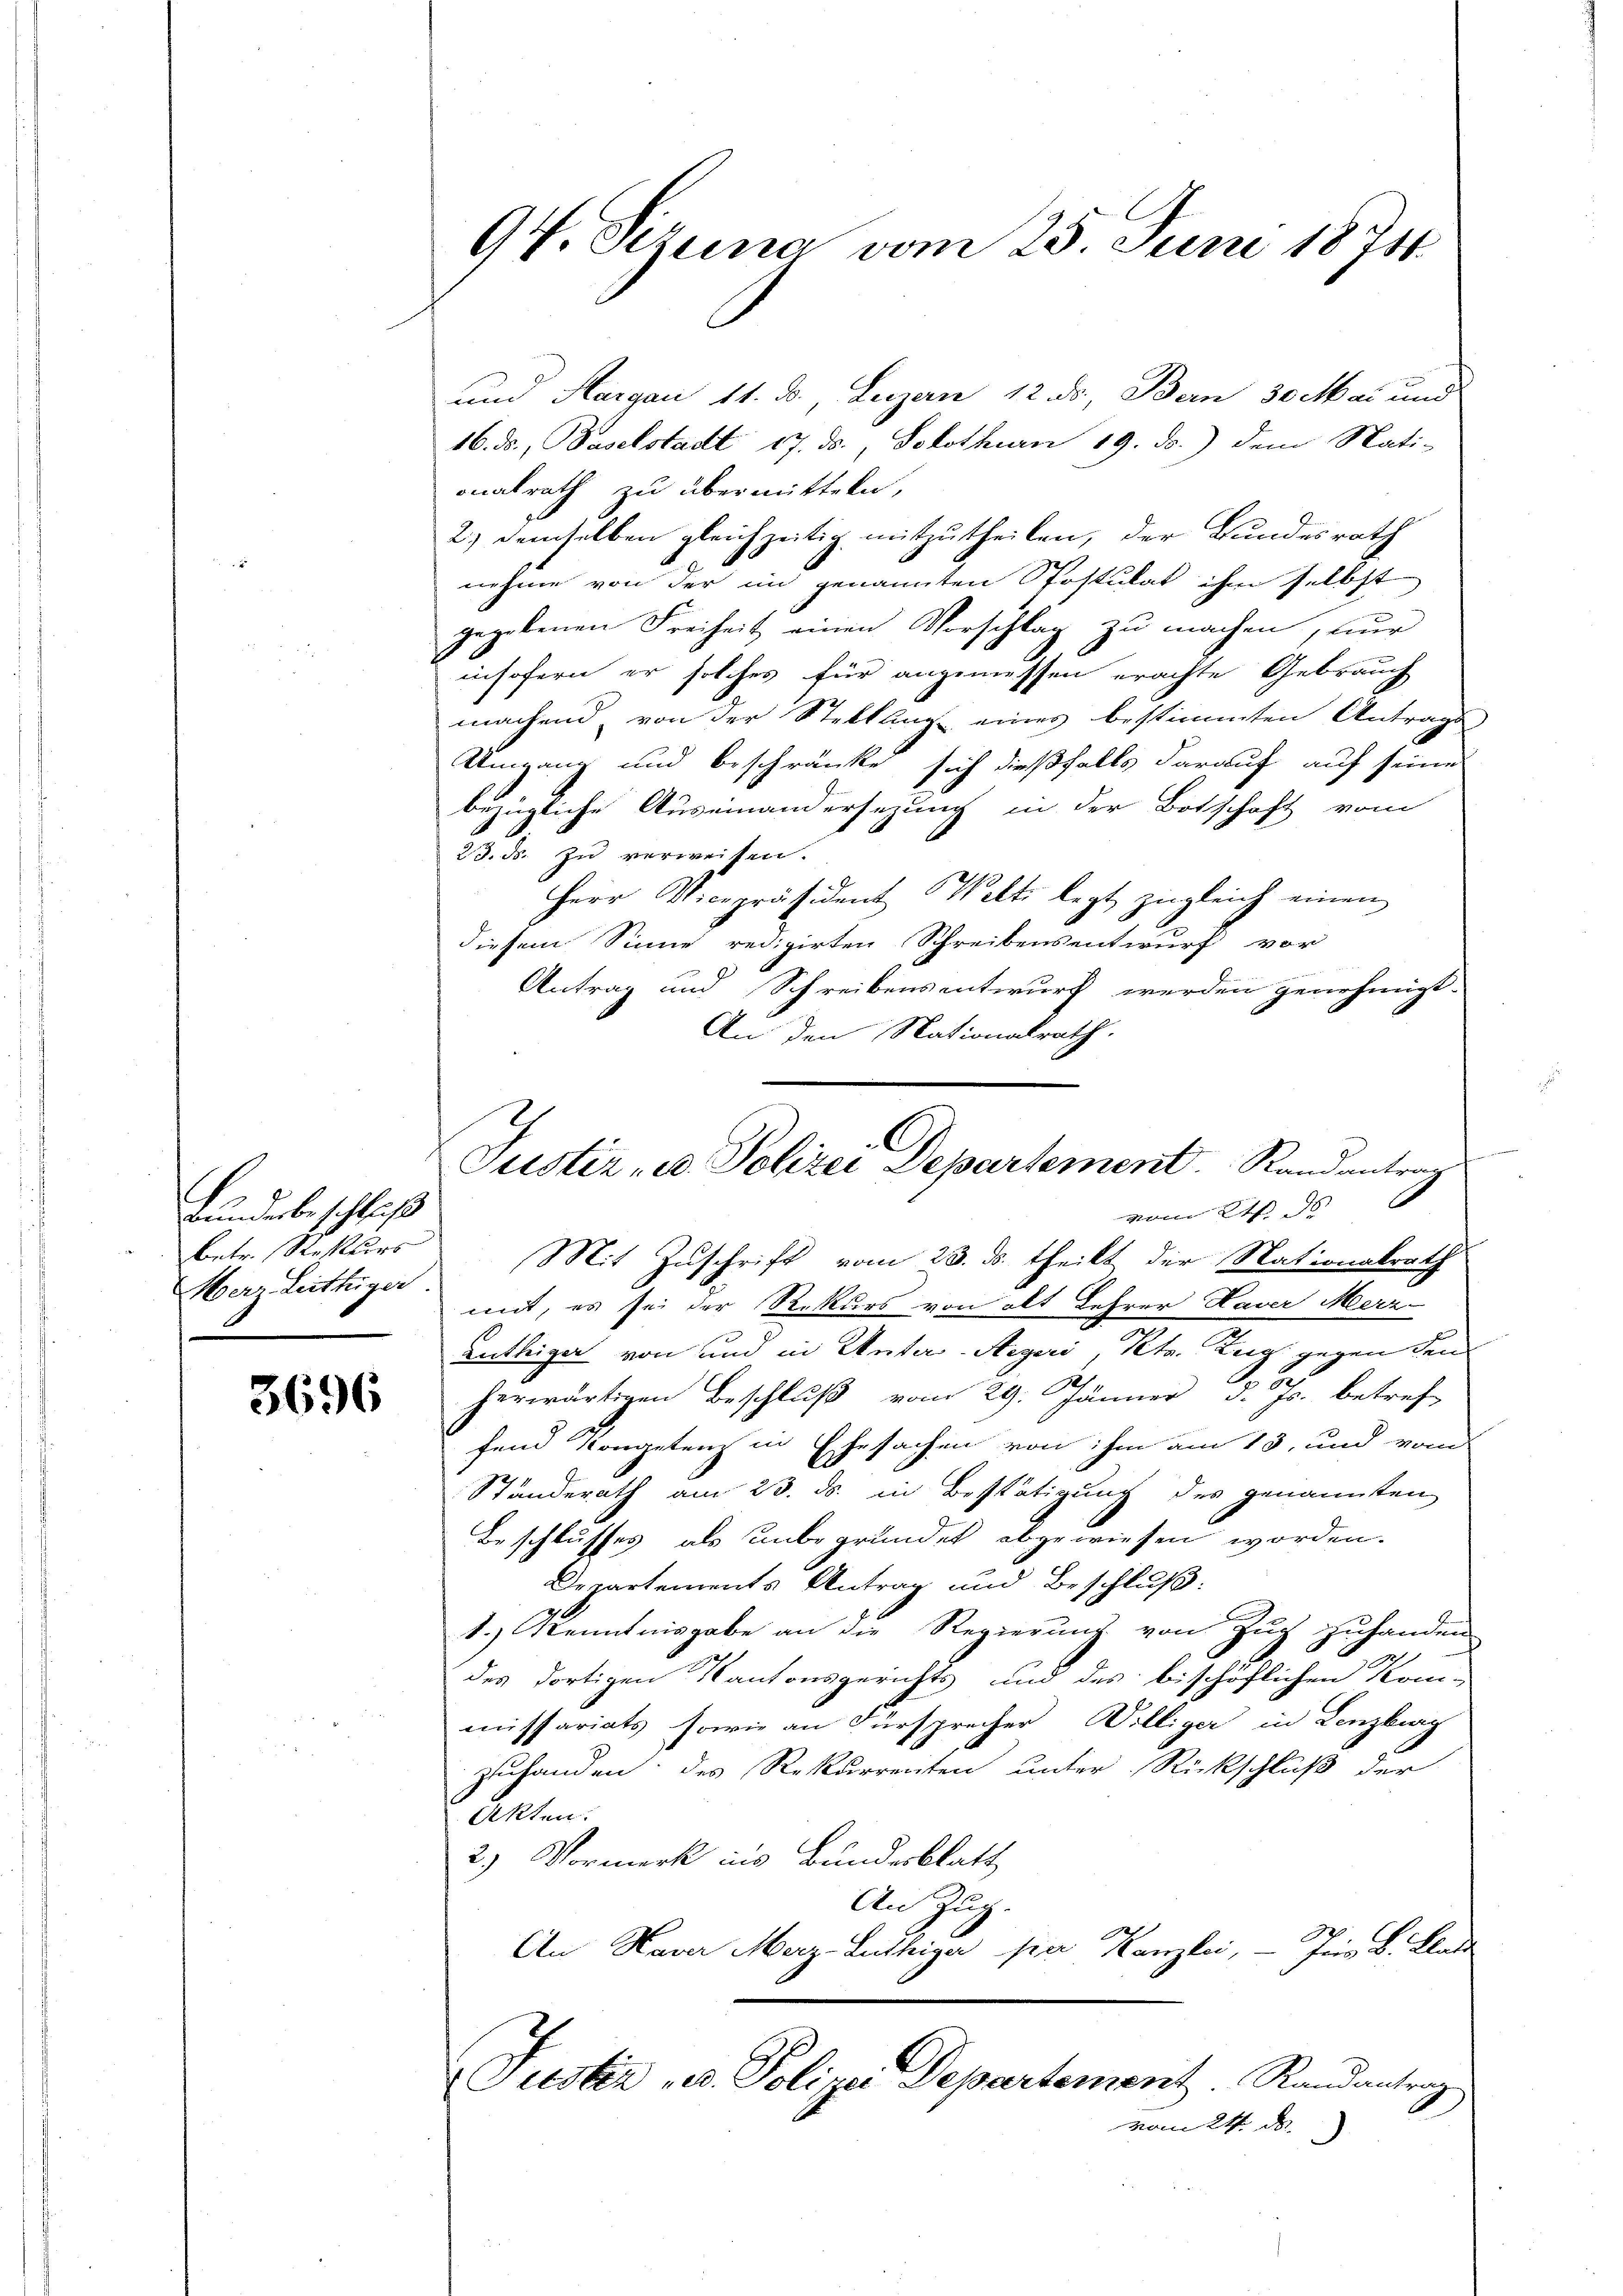
Bunderbeschluß
betr. Rekurs
Merz Leitfeger.

3696

94. Sizung vom 25. Juni 1874.

und Hargau 11. d. Lezzern 12. ds., Bern 30 Mai und
16. ds., Baselstadt 17. ds., Solothurn 19. ds.) dem Nati-
onalrath zu übermitteln,
2.) demselben gleichzeitig mitzutheilen, der Bundesrath
nehme von der im genannten Postulat ihm selbst
gegebenen Freiheit einen Vorschlag zu machen, nur
insofern er solches für angemessen erachte Gebrauch
machend, von der Stellung eines bestimmten Antrage
Umgang und beschränke sich dießfalls darauf auf seine
bezügliche Auseinandersezung in der Botschaft vom
23. ds. zu verweisen.
Herr Vicepräsident Welti legt zugleich einen
diesem Sinne redigirten Schreibensentwurf vor
Antrag und Schreibensentwurf werden genehmigt.
An den Nationalrath.
Mit Zuschrift vom 23. ds. theilt der Nationalrath
mit, es sei der Rekurs von alt Lehrer Haver Merz-
Lntleiger von und in Unter-Aegeri, Kts. Zug gegen den
)
herwärtigen Beschluß vom 29. Jänner d. Js. betref-
fend Kongetenz in Ehesachen von ihm am 13. und vom
Stunderath am 23. ds. in Bestätigung des genannten
Beschlusses als unbegründet abgewiesen worden.
Departements Antrag und Beschluß:
1.) Kenntnisgabe an die Regierung von Zug zuhanden
2
des dortigen Kantonsgerichts und des bischöflichen Kom-
missariats, sowie an Fürsprecher Williger in Lenzburg
zuhanden; des Rekurrenten unter Rückschluß der
Akten.
2.) Vormerk ins Bundesblatt
An Zŭg.
An Haver Merz-Luthiger par Kanzlei, - Jes. B. Bladt
Justiz u. Poliner Departement Randantrag
vom 24 de

Justiz- u. Polizei Departement. Randantrag
Vom 16.